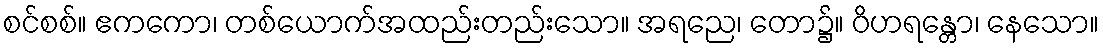
စင်စစ်။ ဧကကော၊ တစ်ယောက်အထည်းတည်းသော။ အရညေ၊ တော၌။ ဝိဟရန္တော၊ နေသော။